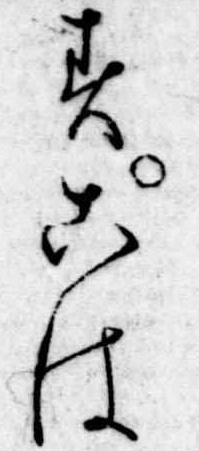
すこは